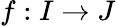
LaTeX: f:I\to J